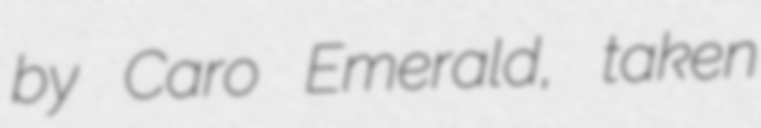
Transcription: by Caro Emerald, taken